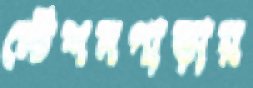
স্টেশনপাড়ায়